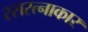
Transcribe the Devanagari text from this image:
रसरत्नाकार